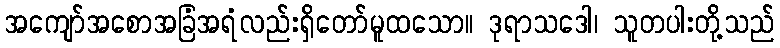
အကျော်အစောအခြံအရံလည်းရှိတော်မူထသော။ ဒုရာသဒေါ၊ သူတပါးတို့သည်